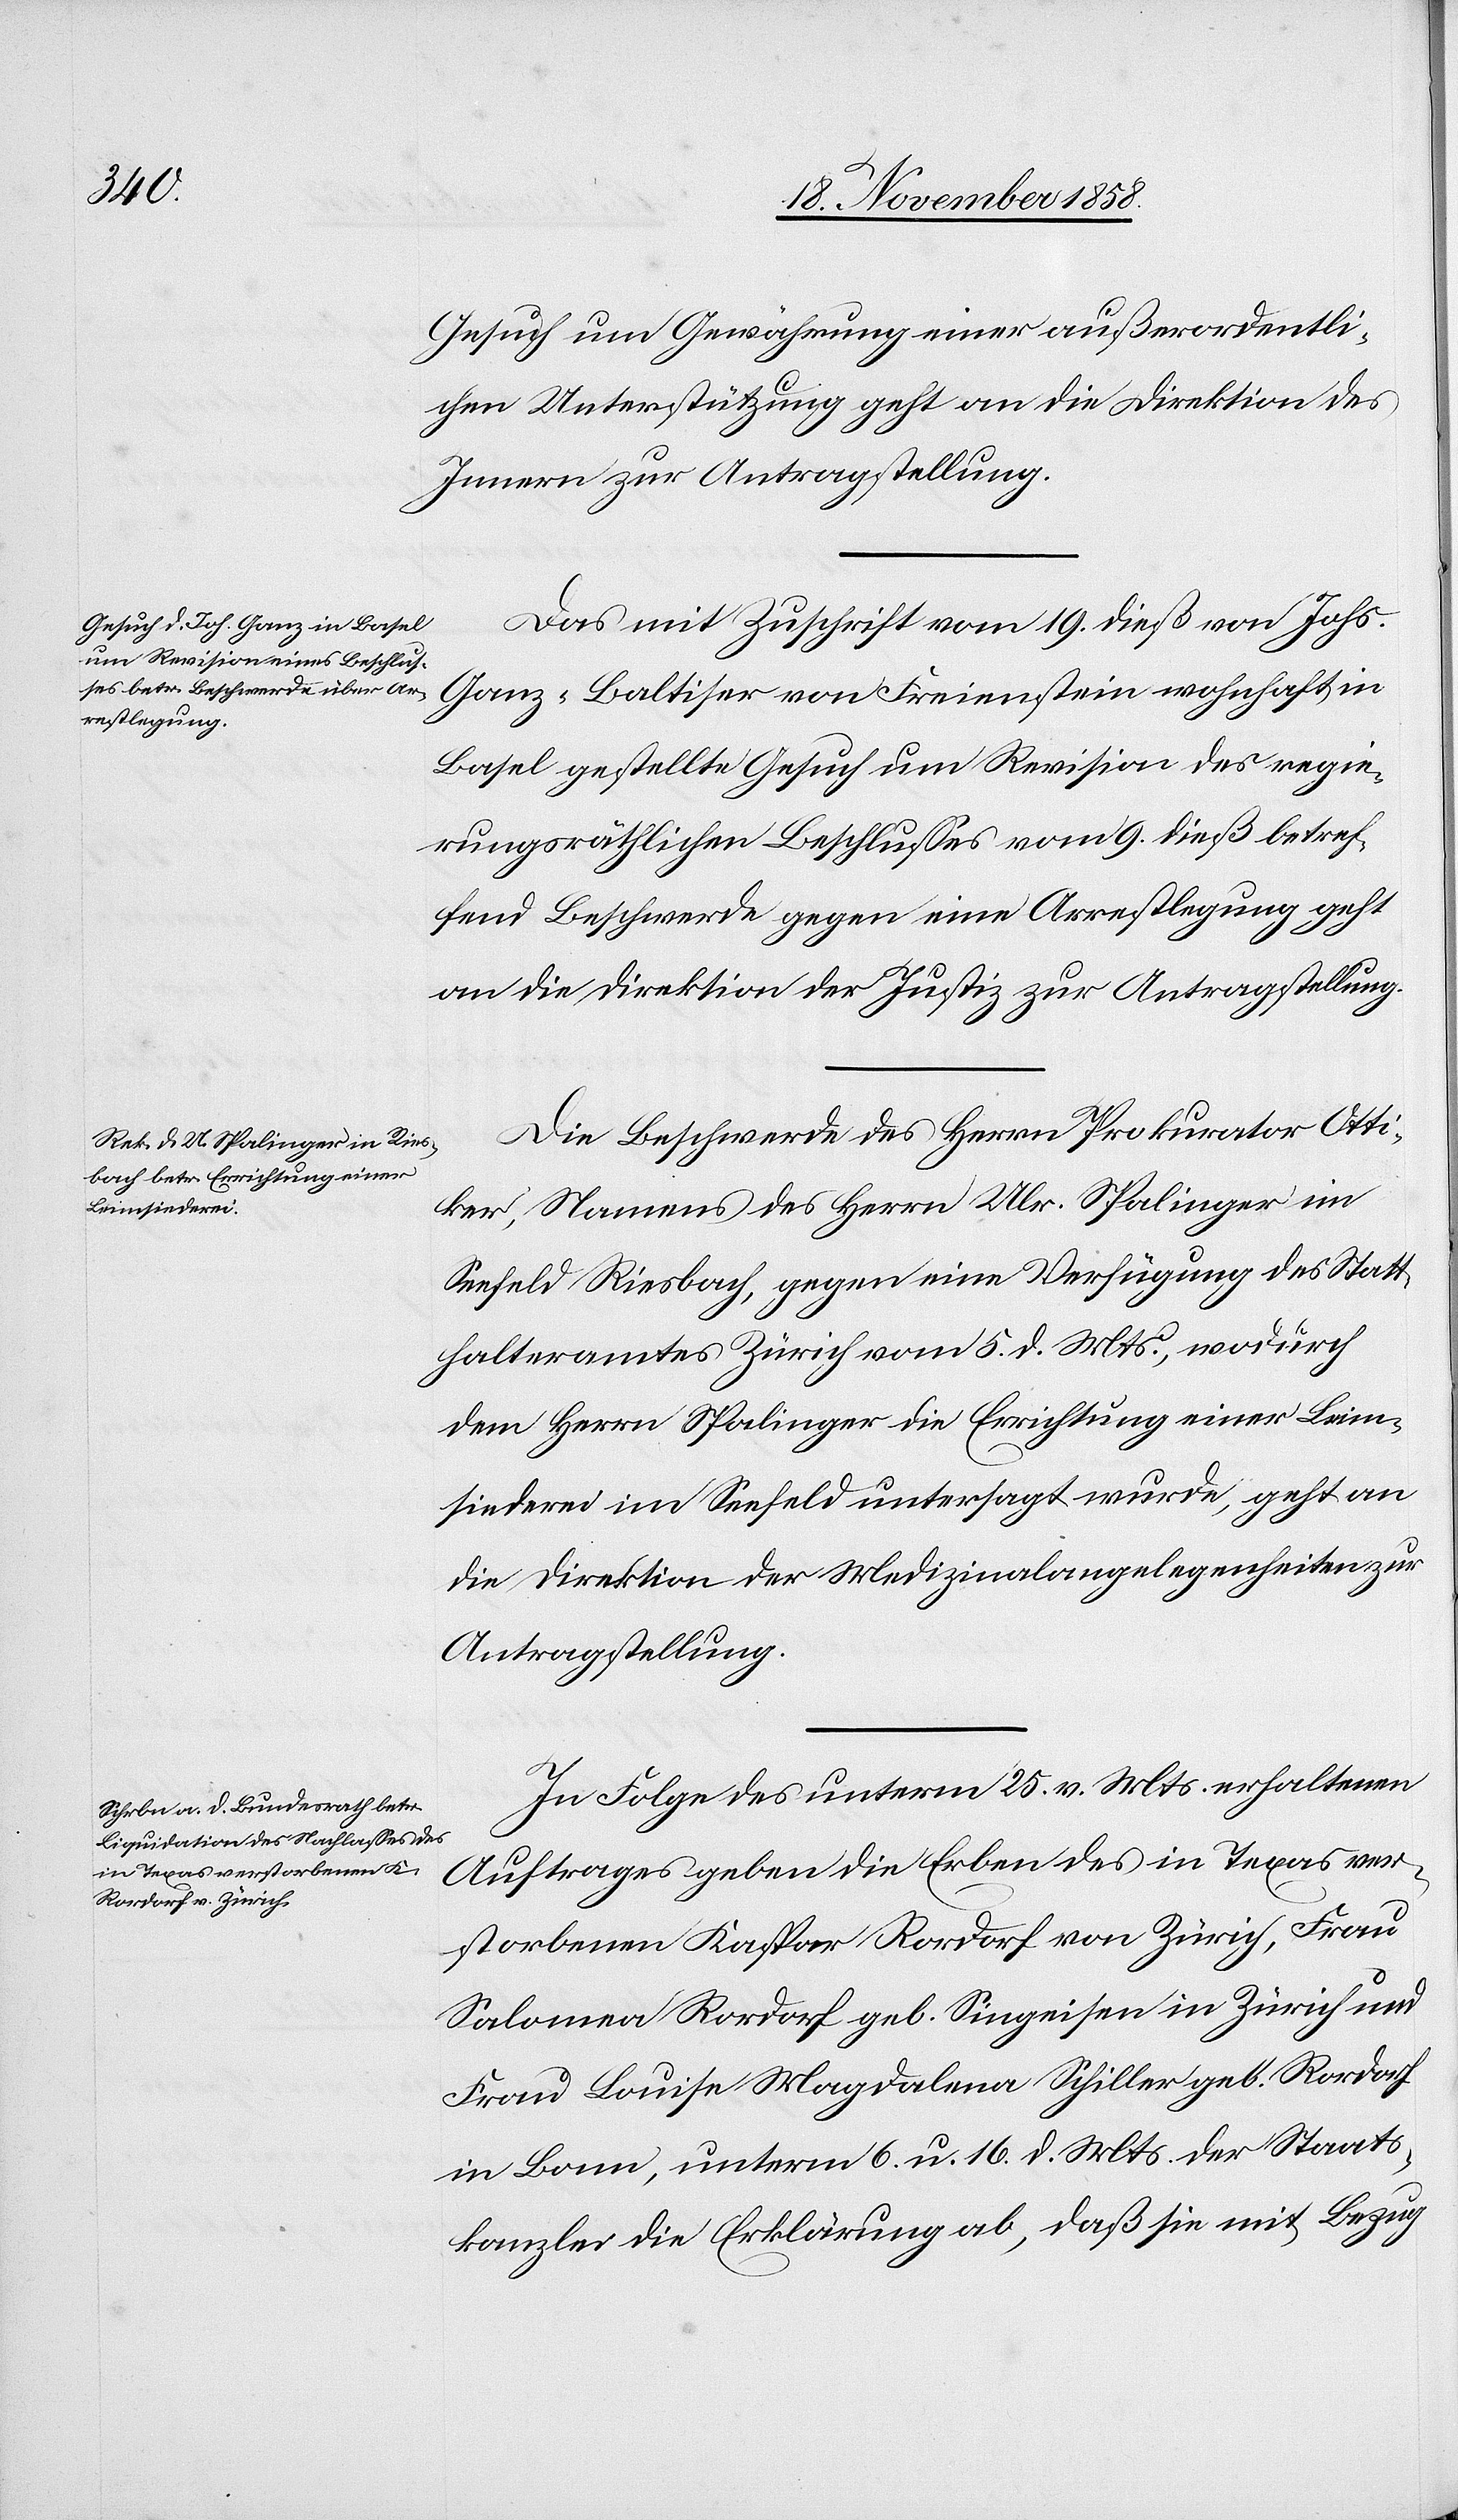
22. November 1858.]
Gesuch um Gewährung einer außerordentli¬
chen Unterstützung geht an die Direktion des
Innern zur Antragstellung.
Das mit Zuschrift vom 19. dieß von Johs.
Ganz-Baltiser von Freienstein wohnhaft in
Basel gestellte Gesuch um Revision des regie¬
rungsräthlichen Beschlusses vom 9. dieß betref¬
fend Beschwerde gegen eine Arrestlegung geht
an die Direktion der Justiz zur Antragstellung.
Die Beschwerde des Herrn Prokurator Otti¬
ker, Namens des Herrn Ulr. Spalinger im
Seefeld Riesbach, gegen eine Verfügung des Statt¬
halteramtes Zürich vom 5. d. Mts., wodurch
dem Herrn Spalinger die Errichtung einer Leim¬
siederei im Seefeld untersagt wurde, geht an
die Direktion der Medizinalangelegenheiten zur
Antragstellung.
In Folge des unterm 25. v. Mts. erhaltenen
Auftrages geben die Erben des in Texas ver¬
storbenen Kaspar Rordorf von Zürich, Frau
Salomea Rordorf geb. Singeisen in Zürich und
Frau Louise Magdalena Schiller geb. Rordorf
in Bonn, unterm 6. u. 16. d. Mts. der Staats¬
kanzlei die Erklärung ab, daß sie mit Bezug